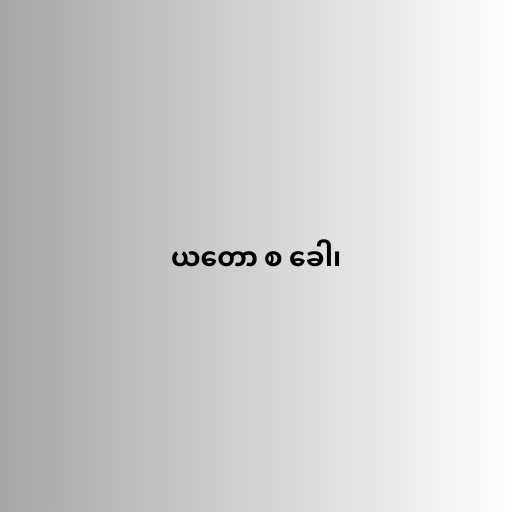
ယတော စ ခေါ၊